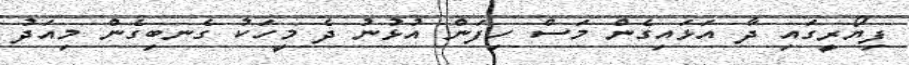
ފިޔޯރީގައި ދާ އަޅައިގެން މަސް ހިފަން އުޅުނު ދެ މީހަކު ގެނބިގެން މިއަދު